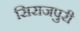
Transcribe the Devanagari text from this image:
सिराजपुरी